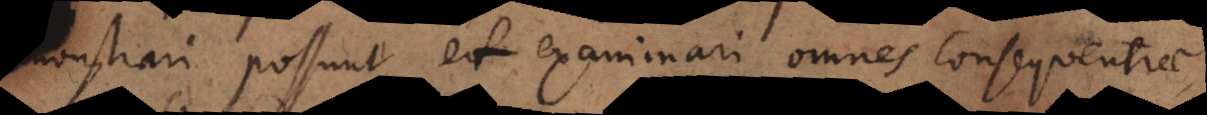
demonstrari possunt et examinari omnes consequentiae,